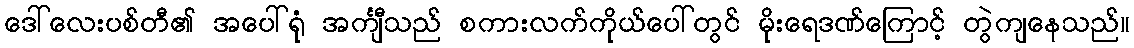
ဒေါ်လေးပစ်တီ၏ အပေါ်ရုံ အင်္ကျီသည် စကားလက်ကိုယ်ပေါ်တွင် မိုးရေဒဏ်ကြောင့် တွဲကျနေသည်။